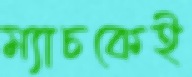
ম্যাচকেই